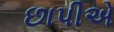
છાપીએ